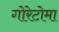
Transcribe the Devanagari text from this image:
गोरेटोमा